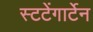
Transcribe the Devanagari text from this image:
स्टटेंगार्टेन